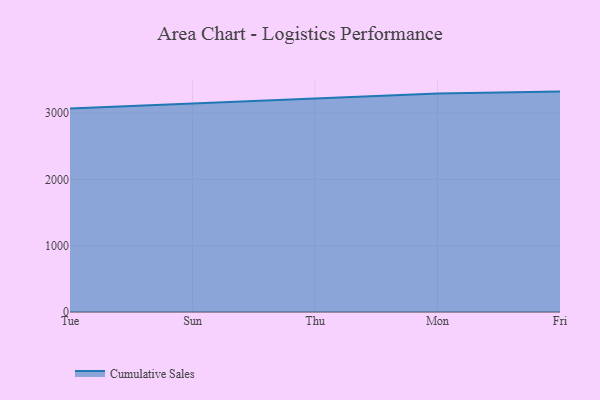
{"axis": {"x": "Day", "y": "Population (Million)"}, "legend": ["Cumulative Sales"], "data": [{"x": "Tue", "y": 3066.4, "type": "Cumulative Sales"}, {"x": "Sun", "y": 3139.0, "type": "Cumulative Sales"}, {"x": "Thu", "y": 3216.8, "type": "Cumulative Sales"}, {"x": "Mon", "y": 3295.0, "type": "Cumulative Sales"}, {"x": "Fri", "y": 3322.0, "type": "Cumulative Sales"}]}